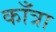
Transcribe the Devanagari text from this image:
काँत्रा